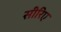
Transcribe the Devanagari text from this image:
सीरिए